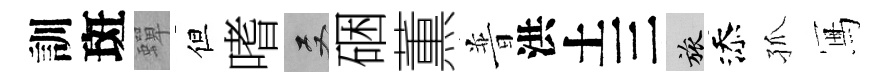
訓斑蟬但嗜双硱薫普洪土三旅添孤冩